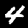
Label: 4